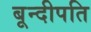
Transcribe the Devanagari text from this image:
बून्दीपति